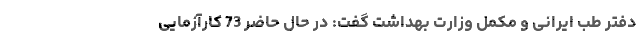
دفتر طب ایرانی و مکمل وزارت بهداشت گفت: در حال حاضر 73 کارآزمایی